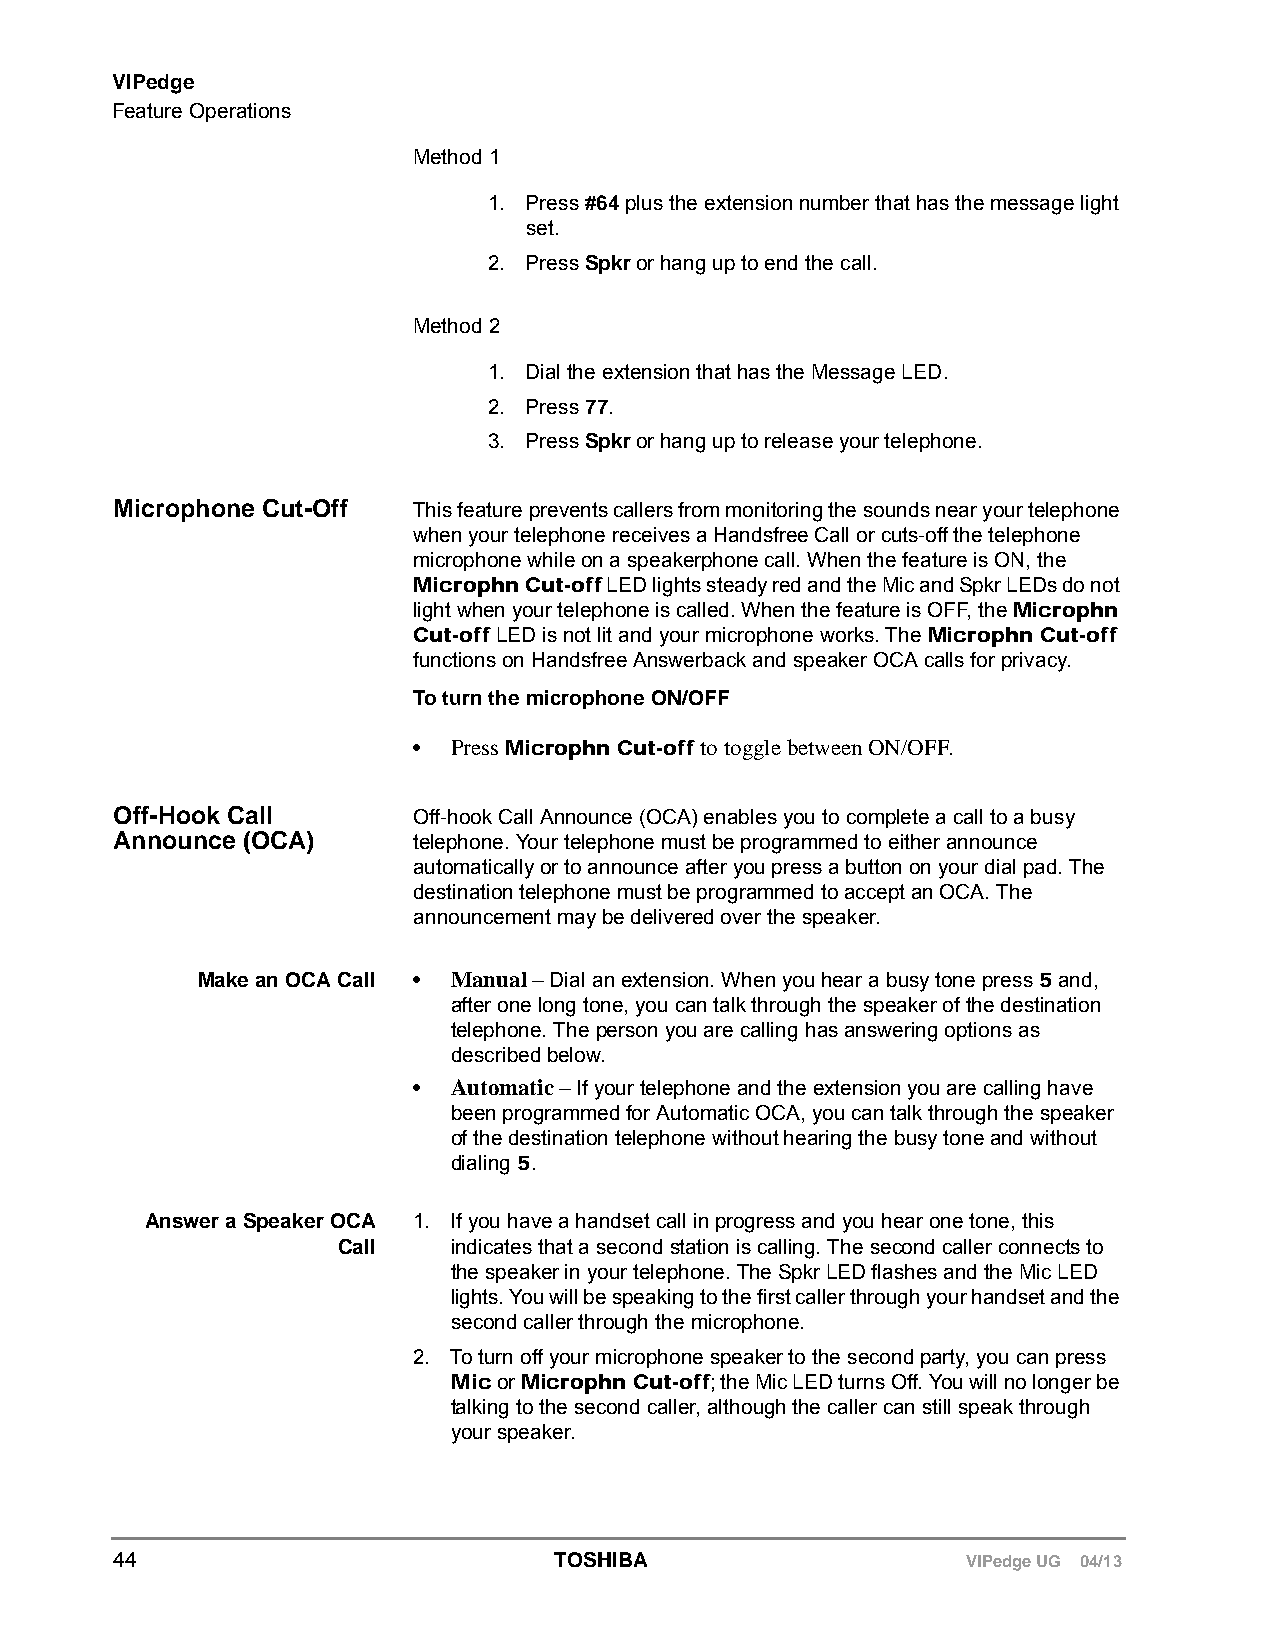
VIPedge
 Feature Operations
 Method 1
 1. Press #64 plus the extension number that has the message light
 set.
 2. Press Spkr or hang up to end the call.
 Method 2
 1. Dial the extension that has the Message LED.
 2. Press 77.
 3. Press Spkr or hang up to release your telephone.
 Microphone Cut-Off This feature prevents callers from monitoring the sounds near your telephone
 when your telephone receives a Handsfree Call or cuts-off the telephone
 microphone while on a speakerphone call. When the feature is ON, the
 Microphn Cut-off LED lights steady red and the Mic and Spkr LEDs do not
 light when your telephone is called. When the feature is OFF, the Microphn
 Cut-off LED is not lit and your microphone works. The Microphn Cut-off
 functions on Handsfree Answerback and speaker OCA calls for privacy.
 To turn the microphone ON/OFF
 •  Press Microphn Cut-off to toggle between ON/OFF.
 Off-Hook Call      Off-hook Call Announce (OCA) enables you to complete a call to a busy
 Announce (OCA)     telephone. Your telephone must be programmed to either announce
 automatically or to announce after you press a button on your dial pad. The
 destination telephone must be programmed to accept an OCA. The
 announcement may be delivered over the speaker.
 Make an OCA Call • Manual – Dial an extension. When you hear a busy tone press 5 and,
 after one long tone, you can talk through the speaker of the destination
 telephone. The person you are calling has answering options as
 described below.
 •  Automatic – If your telephone and the extension you are calling have
 been programmed for Automatic OCA, you can talk through the speaker
 of the destination telephone without hearing the busy tone and without
 dialing 5.
 Answer a Speaker OCA 1. If you have a handset call in progress and you hear one tone, this
 Call    indicates that a second station is calling. The second caller connects to
 the speaker in your telephone. The Spkr LED flashes and the Mic LED
 lights. You will be speaking to the first caller through your handset and the
 second caller through the microphone.
 2. To turn off your microphone speaker to the second party, you can press
 Mic or Microphn Cut-off; the Mic LED turns Off. You will no longer be
 talking to the second caller, although the caller can still speak through
 your speaker.
 44                           TOSHIBA                    VIPedge UG 04/13